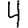
Digit: 4